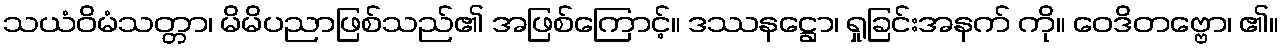
သယံဝိမံသတ္တာ၊ မိမိပညာဖြစ်သည်၏ အဖြစ်ကြောင့်။ ဒဿနဋ္ဌော၊ ရှုခြင်းအနက် ကို။ ဝေဒိတဗ္ဗော၊ ၏။